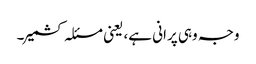
وجہ وہی پرانی ہے، یعنی مسئلہ کشمیر۔